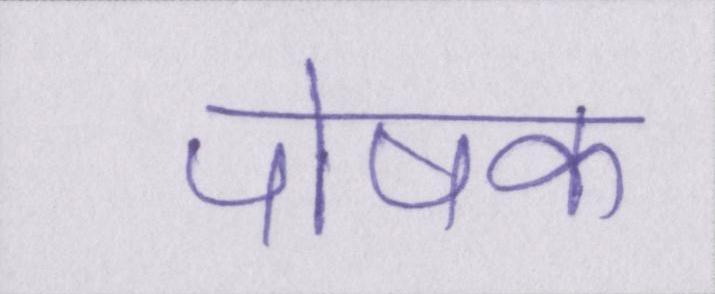
पोषक